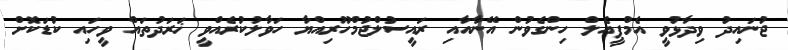
ޖުނައިދު ވިދާޅުވީ އެމްޕީއެލް ހިންގެވުން އޭނާއާއި ރައީސުލްޖުމްހޫރިއްޔާ ހަވާލުކުރެއްވީ ޚަރަދުތައް ވީހައި ކުޑަކޮށް